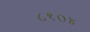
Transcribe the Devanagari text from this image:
८१०४